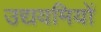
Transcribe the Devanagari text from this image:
उद्ययमियों